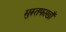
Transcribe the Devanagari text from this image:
मुस्तफाखाँ